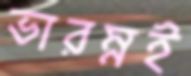
ভারম্নই